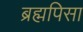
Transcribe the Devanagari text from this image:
ब्रह्मपिसा